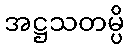
အဋ္ဌသတမ္ပိ